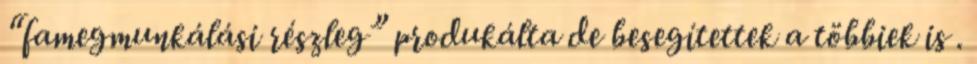
“famegmunkálási részleg” produkálta de besegítettek a többiek is .